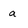
Character: a